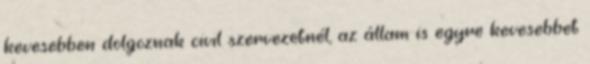
kevesebben dolgoznak civil szervezetnél, az állam is egyre kevesebbet